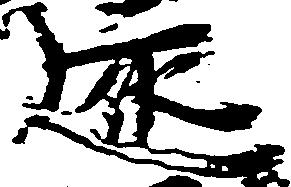
遠